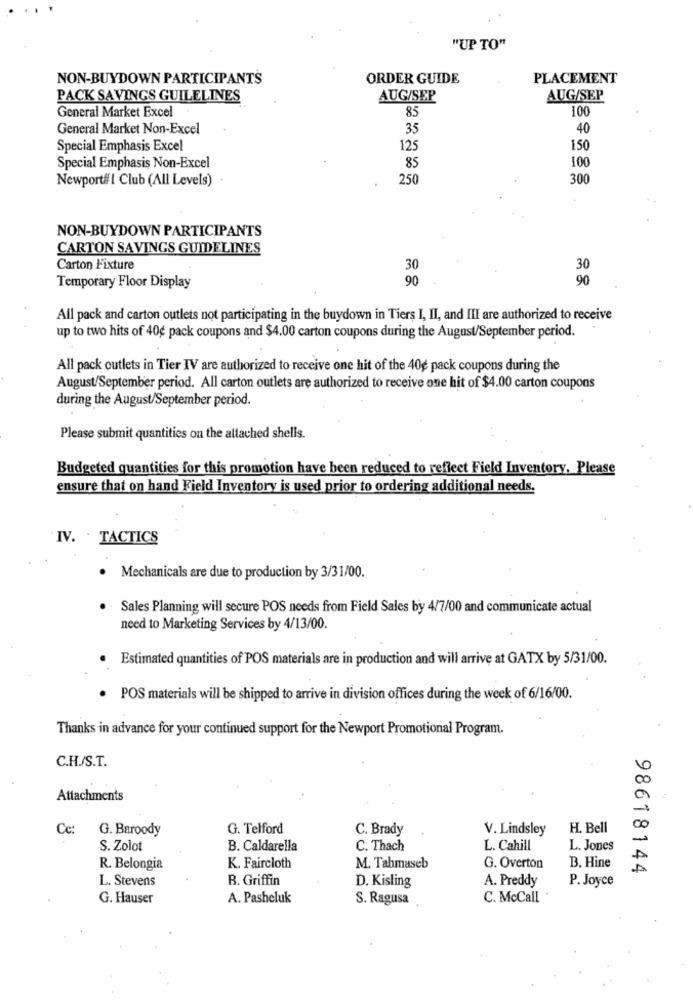
"UP TO"
NON-BUYDOWN PARTICIPANTS
ORDER GUIDE
PLACEMENT
PACK SAVINGS GUILELINES
AUG/SEP
AUG/SEP
General Market Excel
85
100
General Market Non-Excel
35
40
Special Emphasis Excel
125
150
100
Special Emphasis Non-Excel
85
Newport#! ! Club (All Levels)
250
300
NON-BUYDOWN PARTICIPANTS
CARTON SAVINGS GUIDELINES
Carton Fixture
30
30
06
90
Temporary Floor Display
All pack and carton outlets not participating in the buydown in Tiers I, II, and III are authorized to receive
up to two hits of 40¢ pack coupons and $4.00 carton coupons during the August/September period.
All pack outlets in Tier IV are authorized to receive one hit of the 40g pack coupons during the
August/September period. All carton outlets are authorized to receive one hit of $4.00 carton coupons
during the August/September period.
Please submit quantities on the altached shells.
Budgeted quantities for this promotion have been reduced to reflect Field Inventory. Please
ensure that on hand Field Inventory is used prior to ordering additional needs.
IV. . TACTICS
Mechanicals are due to production by 3/31/00.
Sales Planning will secure POS needs from Field Sales by 4/7/00 and communicate actual
need to Marketing Services by 4/13/00.
Estimated quantities of POS materials are in production and will arrive at GATX by 5/31/00.
. POS materials will be shipped to arrive in division offices during the week of 6/16/00.
Thanks in advance for your continued support for the Newport Promotional Program.
C.H./S.T.
Attachments
Cc:
G. Baroody
G. Telford
C. Brady
V. Lindsley
H. Bell
S. Zolot
B. Caldarella
C. Thach
L. Cahill
L. Jones
R. Belongia
K. Faircloth
M. Tahmaseb
G. Overton
B. Hine
98618144
L. Stevens
B. Griffin
A. Preddy
P. Joyce
D. Kisling
G. Hauser
A. Pasheluk
S. Ragusa
C. McCall